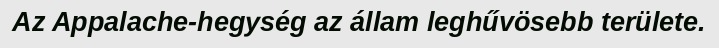
Az Appalache-hegység az állam leghűvösebb területe.